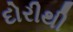
દોરીથી